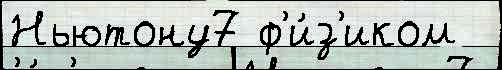
Ньютону7 ф'и́з'иком